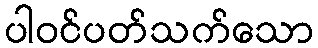
ပါဝင်ပတ်သက်သော